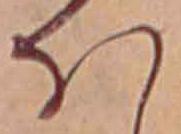
ほ